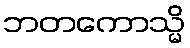
ဘတကောသ္မိ